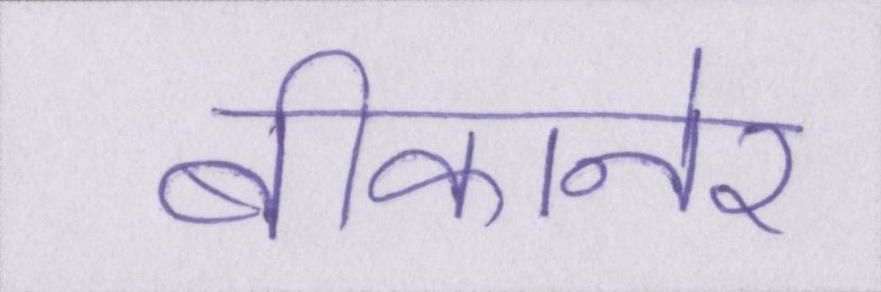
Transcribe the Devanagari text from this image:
बीकानेर